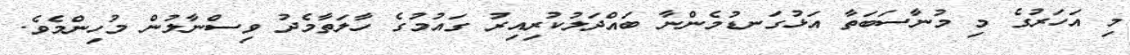
މި އަހަރުގެ މި މުނާސަބަތާ އަޅުގަނޑުމެންނާ ބައްދަލުކުރިއިރު ގައުމުގެ ހާލަތާމެދު ވިސްނާލުން މުހިންމެވެ.